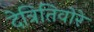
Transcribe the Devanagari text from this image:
देत्रितिवोरे